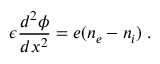
\epsilon \frac { d ^ { 2 } \phi } { d x ^ { 2 } } = e ( n _ { e } - n _ { i } ) \; .